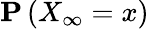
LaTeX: {\mathbf P}\left(X_{\infty}=x\right)